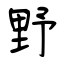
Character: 野